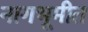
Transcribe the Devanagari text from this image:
नागभूमीत